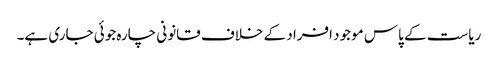
ریاست کے پاس موجود افراد کے خلاف قانونی چارہ جوئی جاری ہے۔